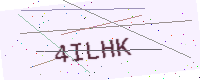
Text: 4ILHK